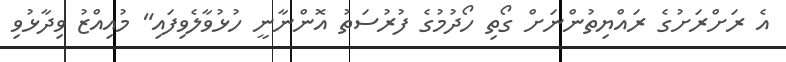
އެ ރަށްރަށުގެ ރައްޔިތުންނަށް ގޯތި ހޯދުމުގެ ފުރުސަތު އޮންނާނީ ހުޅުވާލެވިފައި" މުއިއްޒު ވިދާޅުވި